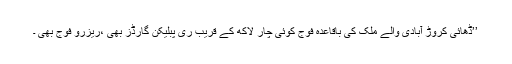
’’ڈھائی کروڑ آبادی والے مُلک کی باقاعدہ فوج کوئی چار لاکھ کے قریب ری پبلیکن گارڈز بھی ،ریزرو فوج بھی ۔